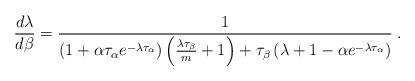
LaTeX: \begin{align*}\displaystyle\frac{d\lambda}{d\beta} = \frac{1}{\left(1+\alpha \tau_\alpha e^{-\lambda\tau_\alpha}\right)\left(\frac{\lambda\tau_\beta}{m}+1\right)+\tau_\beta\left(\lambda+1-\alpha e^{-\lambda\tau_\alpha}\right)}\;.\end{align*}